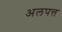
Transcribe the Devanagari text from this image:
अलपत्त